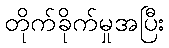
တိုက်ခိုက်မှုအပြီး